Inquiry into the circumstances attending an outbreak of cholera in H. M.'s 18th Hussars at Secunderabad in the month of May
Year: 1871
Disease focus: Cholera
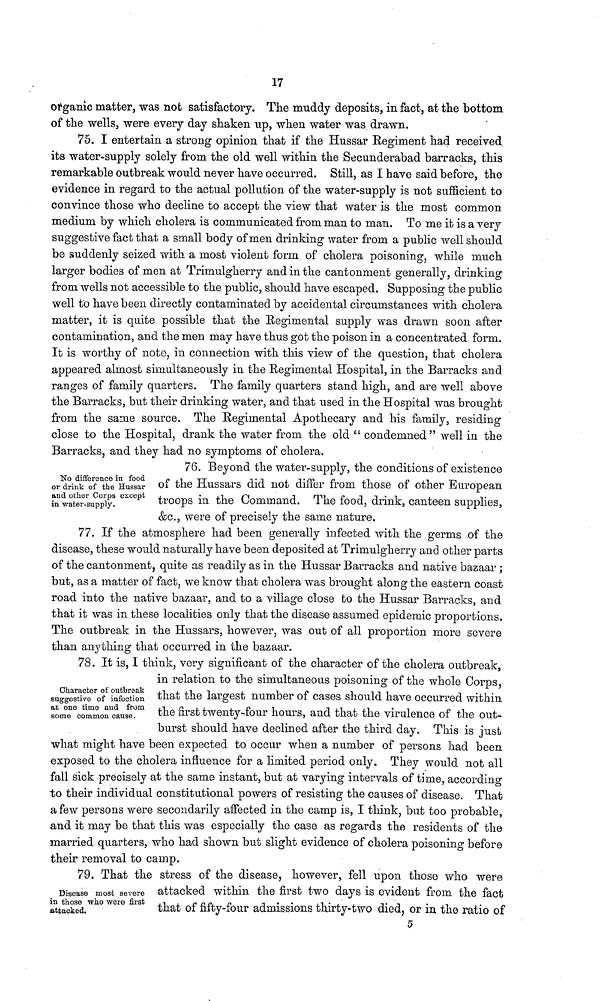
17
organic matter, was nob satisfactory. The muddy deposits, in fact, at the bottom
of the wells, were every day shaken up, when water was drawn.
75. I entertain a strong opinion that if the Hussar Regiment had received
its water-supply solely from the old well within the Secunderabad barracks, this
remarkable outbreak would never have occurred. Still, as I have said before, the
evidence in regard to the actual pollution of the water-supply is not sufficient to
convince those who decline to accept the view that water is the most common
medium by which cholera is communicated from man to man. To me it is a very
suggestive fact that a small body of men drinking water from a public well should
be suddenly seized with a most violent form of cholera poisoning, while much
larger bodies of men at Trimulgherry and in the cantonment generally, drinking
from wells not accessible to the public, should have escaped. Supposing the public
well to have been directly contaminated by accidental circumstances with cholera
matter, it is quite possible that the Regimental supply was drawn soon after
contamination, and the men may have thus got the poison in a concentrated form.
It is worthy of note, in connection with this view of the question, that cholera
appeared almost simultaneously in the Regimental Hospital, in the Barracks and
ranges of family quarters. The family quarters stand high, and are well above
the Barracks, but their drinking water, and that used in the Hospital was brought
from the same source. The Regimental Apothecary and his family, residing
close to the Hospital, drank the water from the old “condemned" well in the
Barracks, and they had no symptoms of
cholera.
No
difference
in
food
or
drink
of
the
Hussar
and
other
Corps
except
76. Beyond the water-supply, the conditions of existence
of the Hussars did not differ from those of other European
troops in the commmand. The food drink, canteen supplies,
&c., were of precisely the same nature.
77. If the atmosphere had been generally infected with the germs of the
disease, these would naturally have been deposited at Trimulgherry and other parts
of the cantonment, quite as readily as in the Hussar Barracks and native bazaar ;
but, as a matter of fact, we know that cholera was brought along the eastern coast
road into the native bazaar, and to a village close to the Hussar Barracks, and
that it was in these localities only that the disease assumed epidemic proportions.
The outbreak in the Hussars, however, was out of all proportion more severe
than anything that occurred in the bazaar.
78. It is, I think, very significant of the character of the cholera outbreak,
Character
of
outbreck
suggestive
of
infection
at
one
time
and
from
some
comman
cause.
in relation to the simultaneous poisoning of the whole Corps,
that the largest number of cases should have occurred within
the first twenty-four hours, and that the virulence of the out-
burst should have declined after the third day. This is just
what might have been expected to occur when a number of persons had been
exposed to the cholera influence for a limited period only. They would not all
fall sick precisely at the same instant, but at varying intervals of time, according
to their individual constitutional powers of resisting the causes of disease. That
a few persons were secondarily affected in the camp is, I think, but too probable,
and it may be that this was especially the case as regards the residents of the
married quarters, who had shown but slight evidence of cholera poisoning before
their removal to camp.
79. That the stress of the disease, however, fell upon those who were
Disease most severe
in
those
who
were
first
attacked.
attacked
within the first two days is evident from the fact
that of fifty-four admissions thirty- two died, or in the ratio of